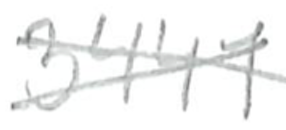
Text: 3441
Cross-out: cross
Writing tool: pencil